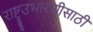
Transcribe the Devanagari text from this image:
राष्ट्रउभारणीसाठी